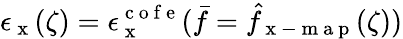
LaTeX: \epsilon_{\mathrm{~x~}}(\zeta)=\epsilon_{\mathrm{~x~}}^{\mathrm{~c~o~f~e~}}(\bar{f}=\hat{f}_{\mathrm{~x~-~m~a~p~}}(\zeta))